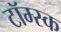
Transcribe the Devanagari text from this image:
टॉम्स्क